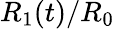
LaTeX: R_{1}(t)/R_{0}